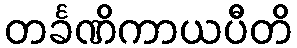
တင်္ခဏိကာယပီတိ